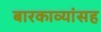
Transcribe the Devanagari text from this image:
बारकाव्यांसह